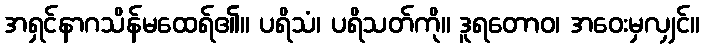
အရှင်နာဂသိန်မထေရ်၏။ ပရိသံ၊ ပရိသတ်ကို။ ဒူရတောဝ၊ အဝေးမှလျှင်။